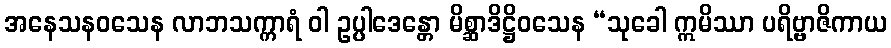
အနေသနဝသေန လာဘသက္ကာရံ ဝါ ဥပ္ပါဒေန္တော မိစ္ဆာဒိဋ္ဌိဝသေန “သုခေါ ဣမိဿာ ပရိဗ္ဗာဇိကာယ